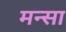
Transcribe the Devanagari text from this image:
मन्सा